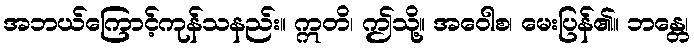
အဘယ်ကြောင့်ကုန်သနည်း။ ဣတိ၊ ဤသို့။ အဝေါစ၊ မေးပြန်၏။ ဘန္တေ၊